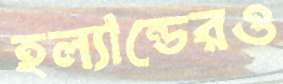
হল্যান্ডেরও